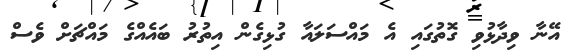
އޭނާ ވިދާޅުވި ގޮތުގައި އެ މައްސަލައާ ގުޅިގެން އިތުރު ބައެއްގެ މައްޗަށް ވެސް